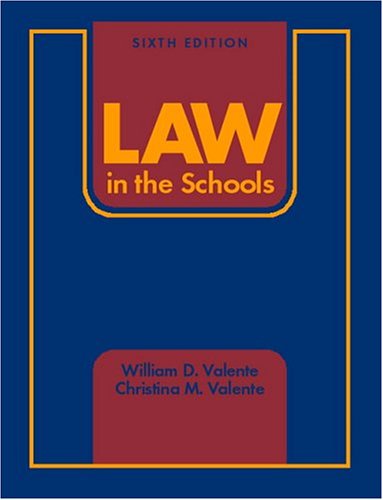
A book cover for Law in the Schools (6th Edition); William D. Valente; Law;